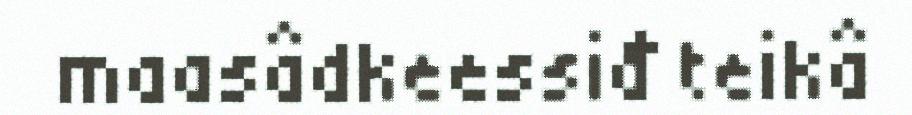
maasâdkeessiđ teikâ